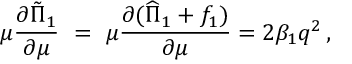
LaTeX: \mu \frac { \partial \tilde { \Pi } _ { 1 } } { \partial \mu } \ = \ \mu \frac { \partial ( \widehat { \Pi } _ { 1 } + f _ { 1 } ) } { \partial \mu } = 2 \beta _ { 1 } q ^ { 2 } \, ,